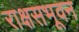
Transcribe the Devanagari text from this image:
राक्षसभूवन